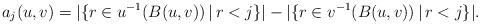
LaTeX: \begin{align*}a_{j}(u,v)=|\{r\in u^{-1}(B(u,v))\,|\, r< j\}|-|\{r\in v^{-1}(B(u,v))\,|\, r<j\}|.\end{align*}